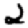
Digit: 2